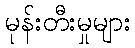
မုန်းတီးမှုများ